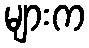
များက